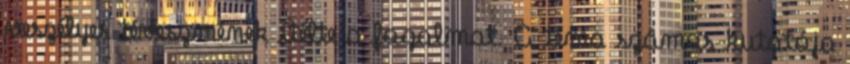
veszélyes téveszmének ítélte a fogalmat. A téma számos kutatója